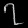
Digit: ၇